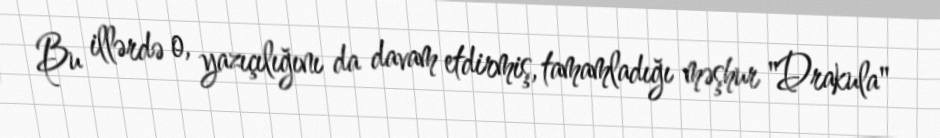
Bu illərdə o, yazıçılığını da davam etdirmiş, tamamladığı məşhur "Drakula"